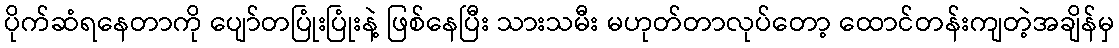
ပိုက်ဆံရနေတာကို ပျော်တပြုံးပြုံးနဲ့ ဖြစ်နေပြီး သားသမီး မဟုတ်တာလုပ်တော့ ထောင်တန်းကျတဲ့အချိန်မှ